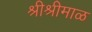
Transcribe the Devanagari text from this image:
श्रीश्रीमाळ